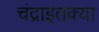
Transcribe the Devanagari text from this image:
चंद्राइतक्या